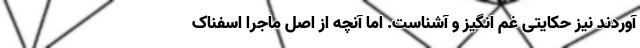
آوردند نیز حکایتی غم انگیز و آشناست. اما آنچه از اصل ماجرا اسفناک